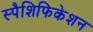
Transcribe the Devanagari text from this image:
स्पैशिफिकेशन